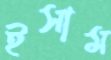
ইসাম